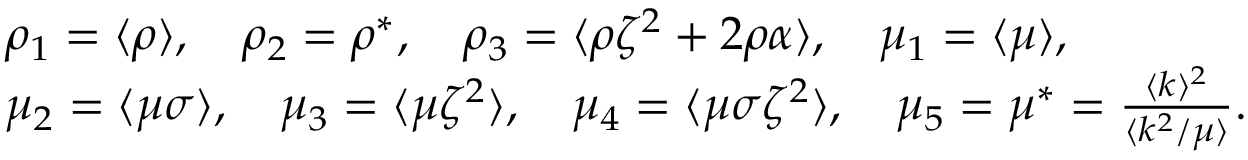
\begin{array} { r l } & { \rho _ { 1 } = \langle \rho \rangle , \quad \rho _ { 2 } = \rho ^ { * } , \quad \rho _ { 3 } = \langle \rho \zeta ^ { 2 } + 2 \rho \alpha \rangle , \quad \mu _ { 1 } = \langle \mu \rangle , } \\ & { \mu _ { 2 } = \langle \mu \sigma \rangle , \quad \mu _ { 3 } = \langle \mu \zeta ^ { 2 } \rangle , \quad \mu _ { 4 } = \langle \mu \sigma \zeta ^ { 2 } \rangle , \quad \mu _ { 5 } = \mu ^ { * } = \frac { \langle k \rangle ^ { 2 } } { \langle k ^ { 2 } / \mu \rangle } . } \end{array}